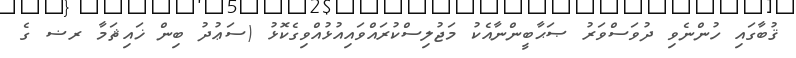
ޤުބާގައި ހުންނެވި ދުވަސްވަރު ޞަޙާބީންނާއެކު މަޖުލިސްކުރައްވައިއުޅުއްވިގެކޮޅު (ސަޢުދު ބިން ޚައިޘަމާ ރޟ ގެ